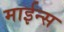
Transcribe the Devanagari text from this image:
माईन्स